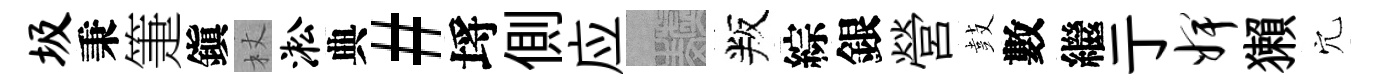
圾秉箑鎭杖淞典#埓側应熙叛綜銀營鼓數繼亍婢獺穴